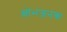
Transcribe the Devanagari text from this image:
क्षोभजनक